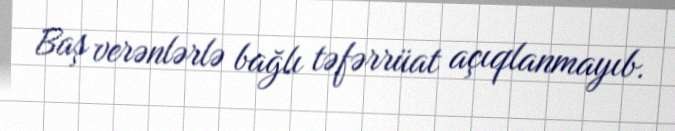
Baş verənlərlə bağlı təfərrüat açıqlanmayıb.